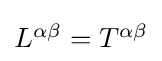
{\textstyle L^{\alpha \beta }=T^{\alpha \beta }}